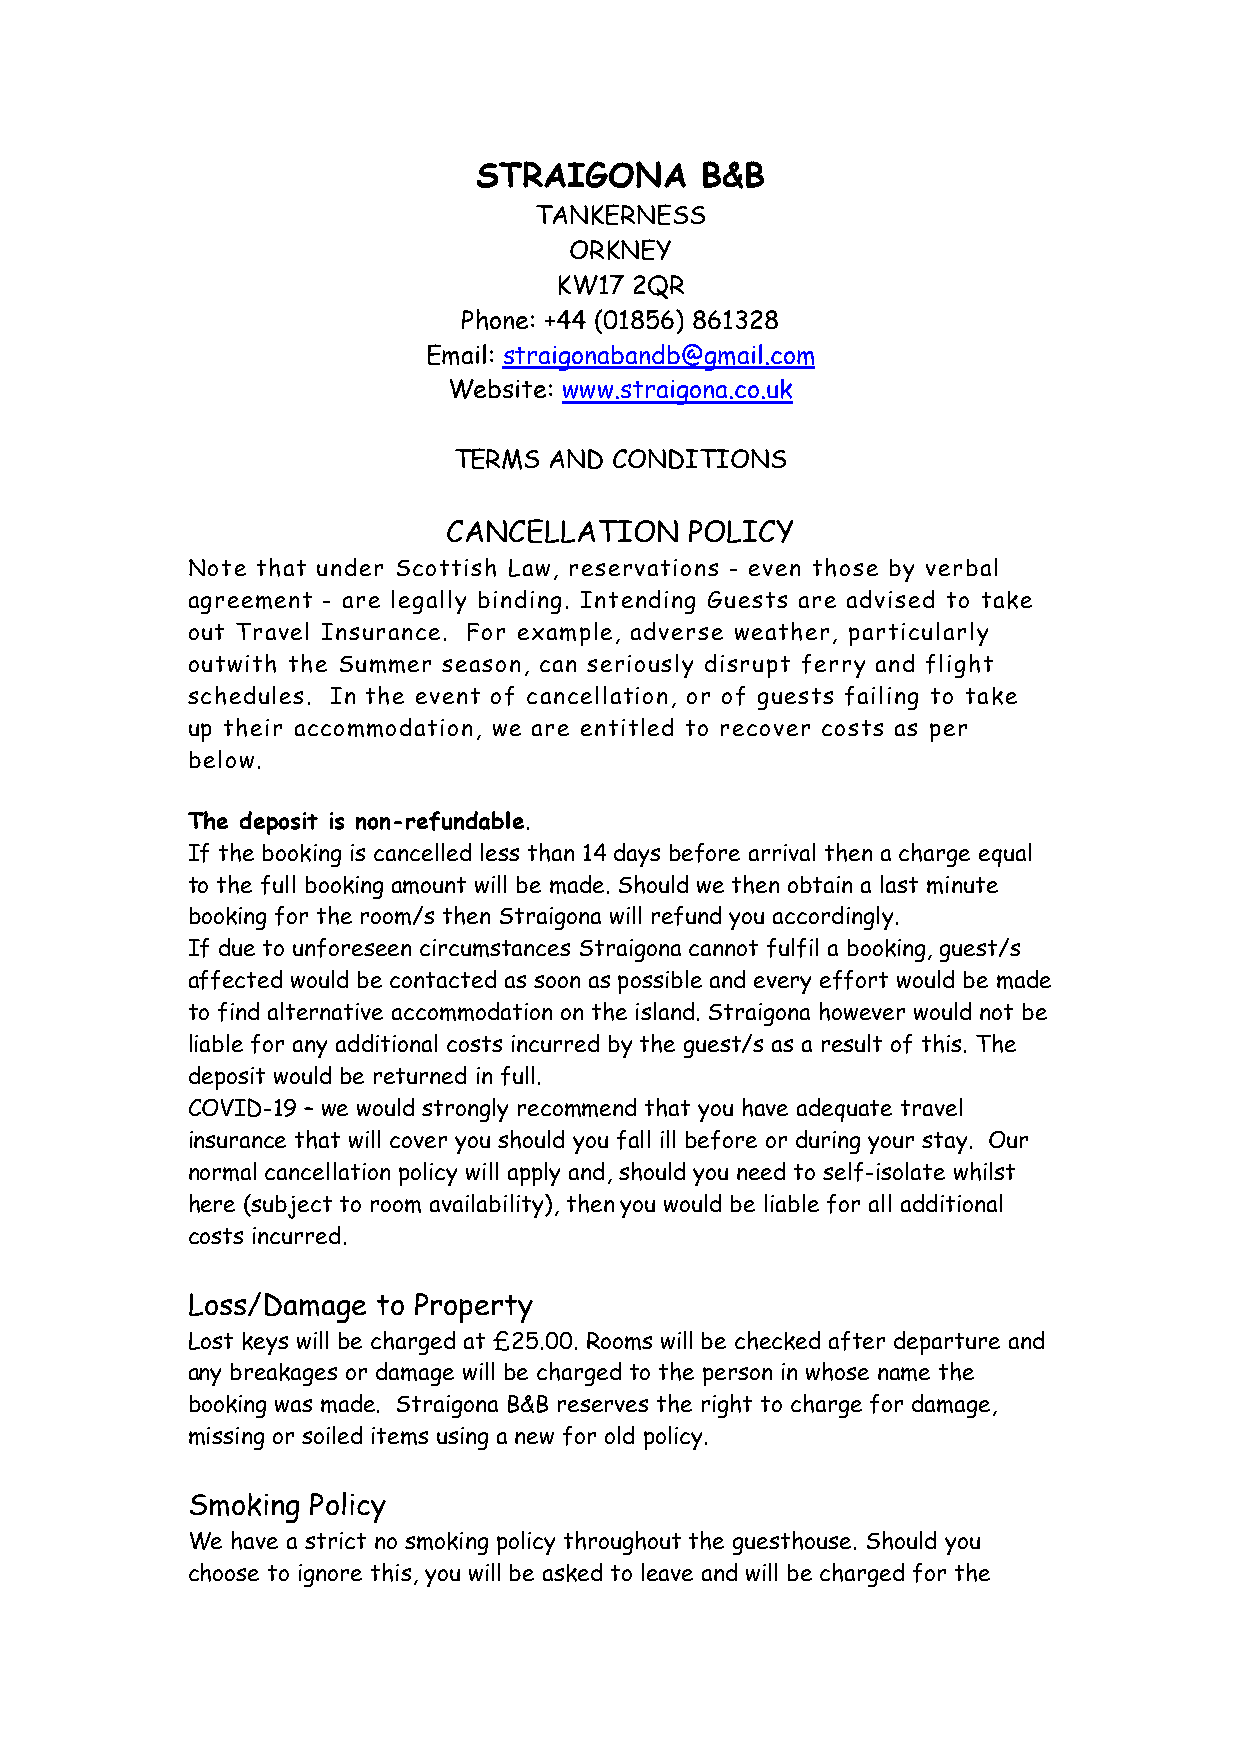
STRAIGONA      B&B
 TANKERNESS
 ORKNEY
 KW17 2QR
 Phone: +44 (01856) 861328
 Email: straigonabandb@gmail.com
 Website: www.straigona.co.uk
 TERMS AND  CONDITIONS
 CANCELLATION    POLICY
 Note that under Scottish Law, reservations - even those by verbal
 agreement - are legally binding. Intending Guests are advised to take
 out Travel Insurance. For example, adverse weather, particularly
 outwith the Summer season, can seriously disrupt ferry and flight
 schedules. In the event of cancellation, or of guests failing to take
 up their accommodation, we are entitled to recover costs as per
 below.
 The deposit is non-refundable.
 If the booking is cancelled less than 14 days before arrival then a charge equal
 to the full booking amount will be made. Should we then obtain a last minute
 booking for the room/s then Straigona will refund you accordingly.
 If due to unforeseen circumstances Straigona cannot fulfil a booking, guest/s
 affected would be contacted as soon as possible and every effort would be made
 to find alternative accommodation on the island. Straigona however would not be
 liable for any additional costs incurred by the guest/s as a result of this. The
 deposit would be returned in full.
 COVID-19 – we would strongly recommend that you have adequate travel
 insurance that will cover you should you fall ill before or during your stay. Our
 normal cancellation policy will apply and, should you need to self-isolate whilst
 here (subject to room availability), then you would be liable for all additional
 costs incurred.
 Loss/Damage  to Property
 Lost keys will be charged at £25.00. Rooms will be checked after departure and
 any breakages or damage will be charged to the person in whose name the
 booking was made. Straigona B&B reserves the right to charge for damage,
 missing or soiled items using a new for old policy.
 Smoking Policy
 We have a strict no smoking policy throughout the guesthouse. Should you
 choose to ignore this, you will be asked to leave and will be charged for the